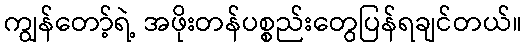
ကျွန်တော့်ရဲ့ အဖိုးတန်ပစ္စည်းတွေပြန်ရချင်တယ်။